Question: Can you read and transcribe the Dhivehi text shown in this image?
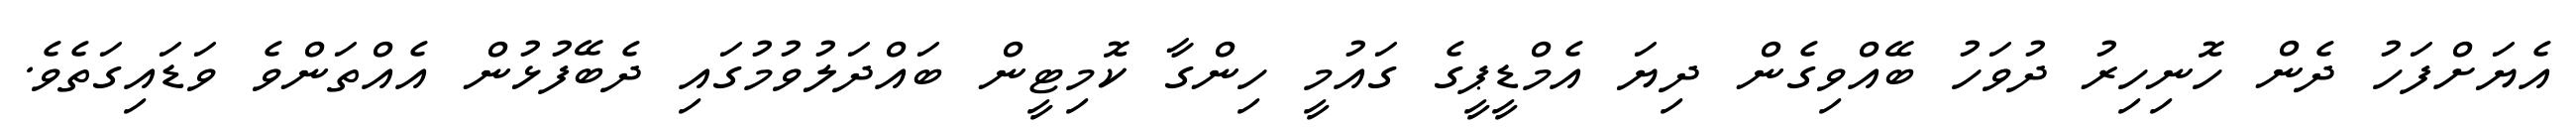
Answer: އެޔަށްފަހު ދެން ހޮނިހިރު ދުވަހު ބޭއްވިގެން ދިޔަ އެމްޑީޕީގެ ގައުމީ ހިންގާ ކޮމިޓީން ބައްދަލުވުމުގައި ދެބޭފުޅުން އެއްތަންވެ ވަޑައިގަތެވެ.